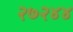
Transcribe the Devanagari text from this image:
२७२४४